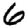
Digit: 6